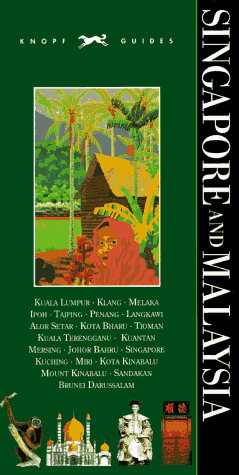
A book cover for Knopf Guide: Singapore and Malaysia; Knopf Guides; Travel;